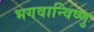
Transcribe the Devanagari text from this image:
भगवान्विष्णु